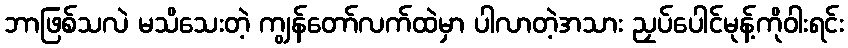
ဘာဖြစ်သလဲ မသိသေးတဲ့ ကျွန်တော်လက်ထဲမှာ ပါလာတဲ့အသား ညှပ်ပေါင်မုန့်ကိုဝါးရင်း